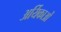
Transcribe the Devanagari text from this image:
अर्यिकाओं